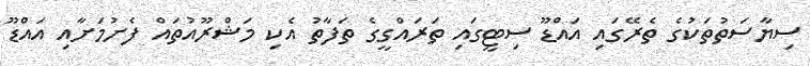
ސިޔާސަތުތަކުގެ ތެރޭގައި އައްޑޫ ސިޓީގައި ތަރައްގީގެ ތަފާތު އެކި މަޝްރޫއުތައް ފެށުމަށާއި އައްޑޫ